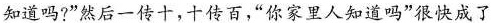
知道吗?”然后一传十，十传百，”你家里人知道吗”很快成了